Lunatic asylums Central Provinces reports 1895-1909 - 1895-1909
Year: 1895
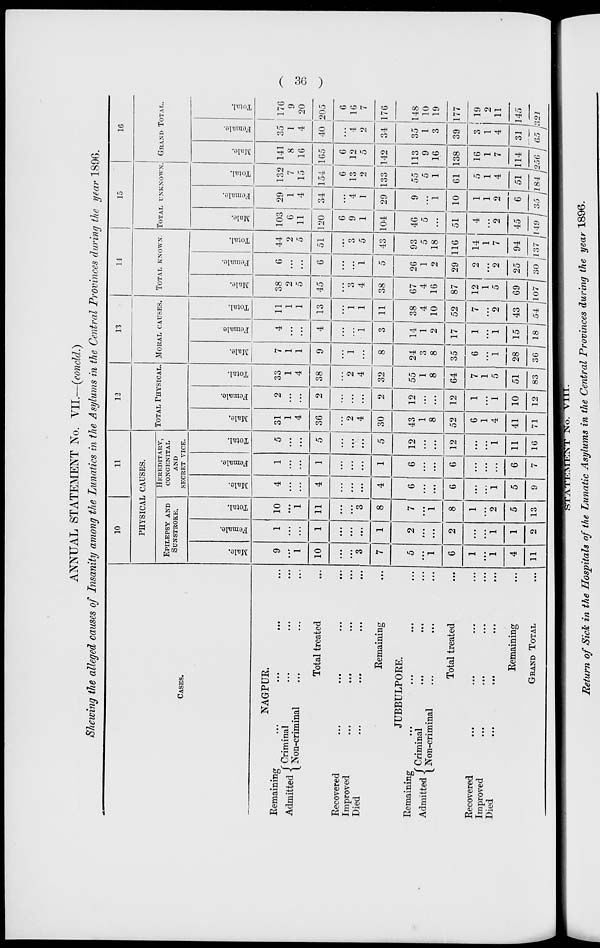
( 36 )
ANNUAL STATEMENT No. VII.—(concld.)
Shewing the alleged causes of Insanity among the Lunatics in the Asylums in the Central Provinces during the year 1896.
CASES.
NAGPUR.
Remaining ... ... ... ...
Admitted Criminal ... ... ...
Non-criminal ... ... ...
Total treated ...
Recovered ... ... ... ...
Improved ... ... ... ...
Died ... ... ... ...
Remaining ...
JUBBULPORE.
Remaining ... ... ... ...
Admitted Criminal ... ... ...
Non-criminal ... ... ...
Total treated ...
Recovered ... ... ... ...
Improved ... ... ... ...
Died ... ... ... ...
Remaining ...
GRAND TOTAL ...
10
11
PHYSICAL CAUSES.
EPILEPSY AND
SUNSTROKE.
Male.
9
...
1
10
...
...
3
7
5
...
1
6
1
...
1
4
11
Female.
1
...
...
1
...
...
...
1
2
...
...
2
...
...
1
1
2
Total.
10
...
1
11
...
...
3
8
7
...
1
8
1
...
2
5
13
HEREDITARY,
CONGENITAL
AND
SECRET VICE.
Male.
4
...
...
4
...
...
...
4
6
...
...
6
...
...
1
5
9
Female.
1
...
...
1
...
...
...
1
6
...
...
6
...
...
...
6
7
Total.
5
...
5
...
...
...
5
12
...
...
12
...
...
1
11
16
12
TOTAL PHYSICAL.
Male.
31
1
4
36
...
2
4
30
43
1
8
52
6
1
4
41
71
Female.
2
...
...
2
...
...
...
2
12
...
...
12
1
...
1
10
12
Total.
33
1
4
38
...
2
4
32
55
1
8
64
7
1
5
51
83
13
MORAL CAUSES.
Male.
7
1
1
9
...
1
...
8
24
3
8
35
6
...
1
28
36
Female.
4
...
...
4
...
...
1
3
14
1
2
17
1
...
1
15
18
Total.
11
1
1
13
...
1
1
11
38
4
10
52
7
...
2
43
54
14
TOTAL KNOWN.
Male.
38
2
5
45
...
3
4
38
67
4
16
87
12
1
5
69
107
Female.
6
...
...
6
...
...
1
5
26
1
2
29
2
...
2
25
30
Total.
44
2
5
51
...
3
5
43
93
5
18
116
14
1
7
94
137
15
TOTAL UNKNOWN.
Male.
103
6
11
120
6
9
1
104
46
5
...
51
4
...
2
45
149
Female.
29
1
4
34
...
4
1
29
9
...
1
10
1
1
2
6
35
Total.
132
7
15
154
6
13
2
133
55
5
1
61
5
1
4
51
184
16
GRAND TOTAL.
Male.
141
8
16
165
6
12
5
142
113
9
16
138
16
1
7
114
256
Female.
35
1
4
40
...
4
2
34
35
1
3
39
3
1
4
31
65
Total.
176
9
20
205
6
16
7
176
148
10
19
177
19
2
11
145
321